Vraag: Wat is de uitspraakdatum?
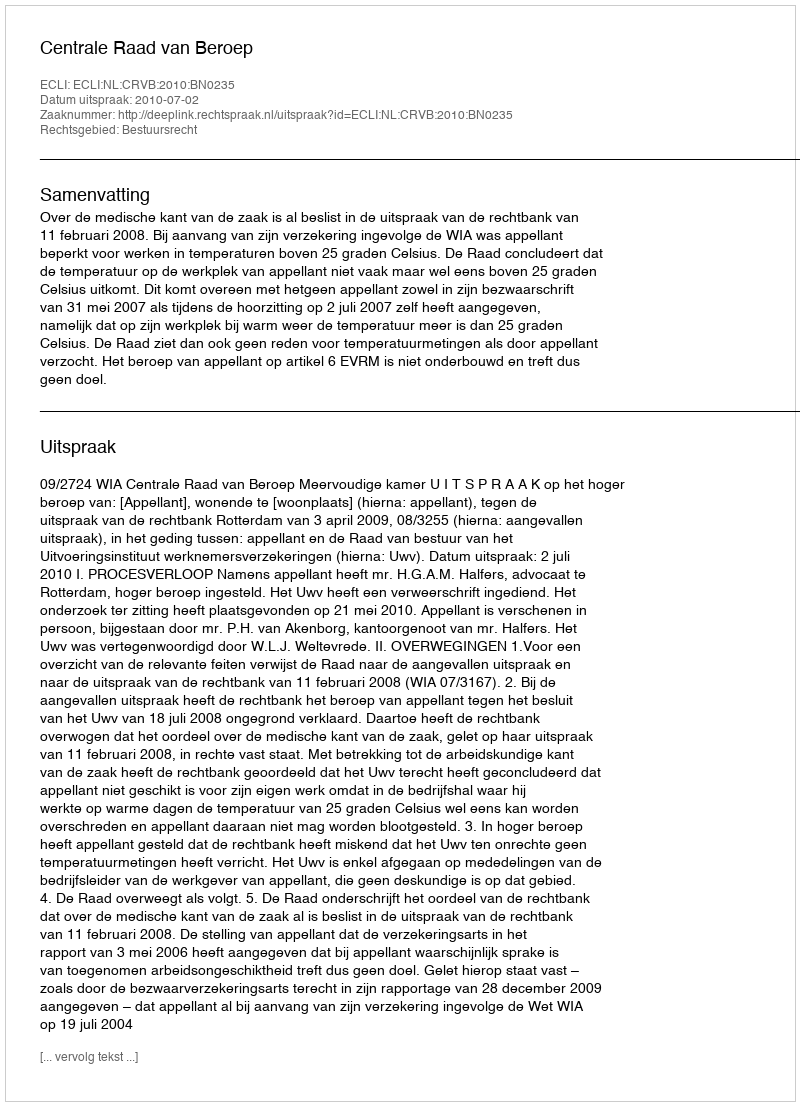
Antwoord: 2010-07-02